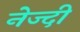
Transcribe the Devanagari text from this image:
नेज्दी